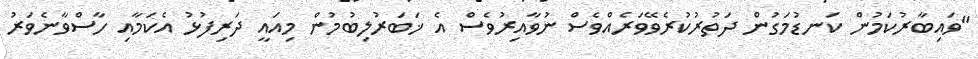
"ވައިބާރުކަމުން ކަނޑުމަގުން ދަތުރުކުރެވޭވަރެއްވެސް ނުވާއިރުވެސް އެ ޚަބަރުލިބުމުން މިއައީ ދަރިފުޅު އެކަމާއި ހާސްވާނެވަރު